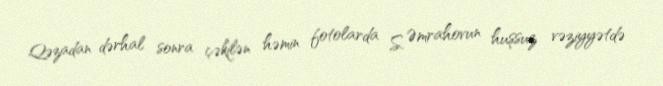
Qəzadan dərhal sonra çəkilən həmin fotolarda S. Əmrahovun huşsuz vəziyyətdə